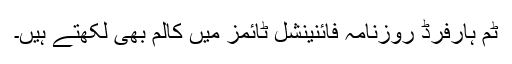
ٹِم ہارفرڈ روزنامہ فائنینشل ٹائمز میں کالم بھی لکھتے ہیں۔